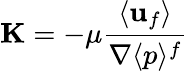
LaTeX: \mathbf{K}=-\mu\frac{\langle\mathbf{u}_{f}\rangle}{\nabla\langle p\rangle^{f}}